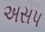
અસપ